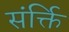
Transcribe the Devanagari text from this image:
संर्क्ति